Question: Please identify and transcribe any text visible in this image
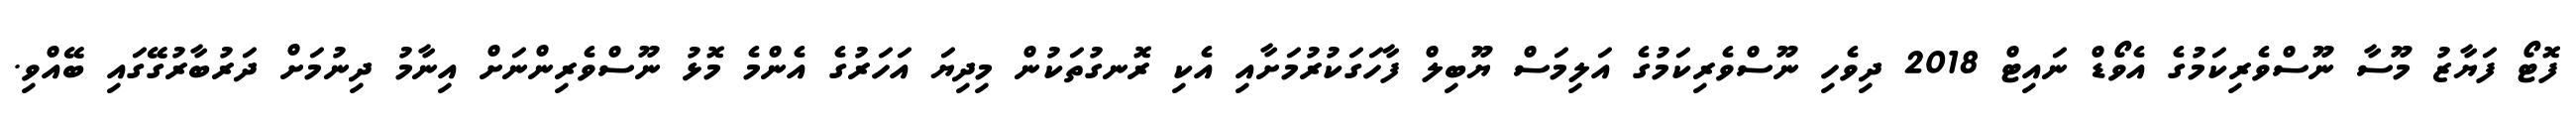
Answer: ފޮޓޯ ފަޔާޒު މޫސާ ނޫސްވެރިކަމުގެ އެވޯޑް ނައިޓް 2018 ދިވެހި ނޫސްވެރިކަމުގެ އަލިމަސް ޔޫބިލް ފާހަގަކުރުމަށާއި އެކި ރޮނގުތަކުން މިދިޔަ އަހަރުގެ އެންމެ މޮޅު ނޫސްވެރިންނަށް އިނާމު ދިނުމަށް ދަރުބާރުގޭގައި ބޭއްވި.